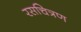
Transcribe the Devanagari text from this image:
रसचित्रण